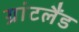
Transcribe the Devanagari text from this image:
ग्रांटलैंड